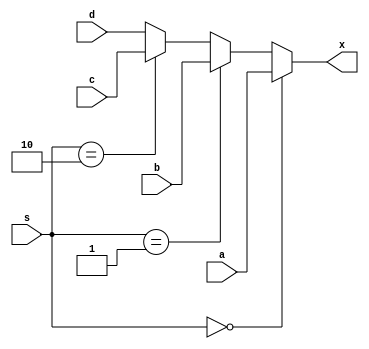
`timescale 1ns / 1ps
//////////////////////////////////////////////////////////////////////////////////
// Company: 
// Engineer: 
// 
// Design Name: 
// Module Name:    Multiplexor 
// Project Name: 
// Target Devices: 
// Tool versions: 
// Description: 
//
// Dependencies: 
//
// Revision: 
// Revision 0.01 - File Created
// Additional Comments: 
//
//////////////////////////////////////////////////////////////////////////////////
module Multiplexor (x, a, b, c, d, s);
    output [7:0] x;
    input [7:0] a, b, c, d;
    input [1:0] s;
 
    assign x = (s==2'b00) ? a :
               (s==2'b01) ? b :
               (s==2'b10) ? c :
					d ;
               
endmodule